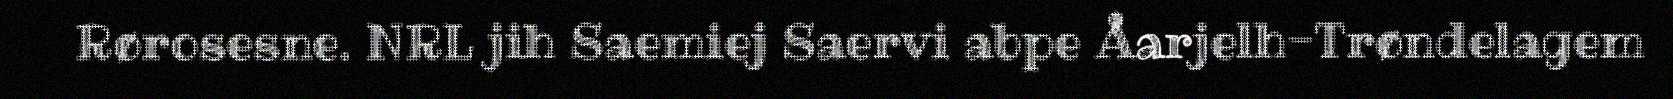
Rørosesne. NRL jih Saemiej Saervi abpe Åarjelh-Trøndelagem